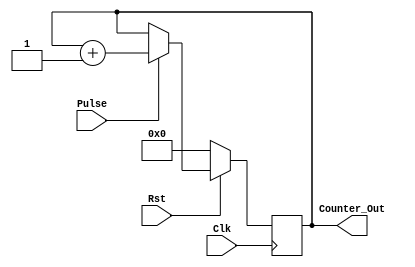
//ECE 6370

module Counter(Rst,Clk,Pulse,Counter_Out);
input Rst,Clk;
input Pulse;
output reg[3:0] Counter_Out;


always @(posedge Clk)
begin
  if(Rst==0)
  begin
    Counter_Out <=4'b0000;
  end

  else 
  begin
    if(Pulse==1)
    begin
    Counter_Out <= Counter_Out + 1;
  end
end
end
endmodule